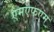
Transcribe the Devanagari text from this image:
एमएफएम